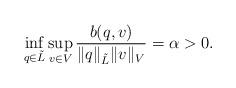
LaTeX: \begin{align*}\inf_{q\in \tilde{L}}\sup_{v\in V}\frac{b(q,v)}{\|q\|_{\tilde{L}}\|v\|_{V}}=\alpha >0.\end{align*}